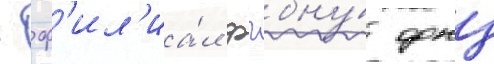
- ф'ил'иа́л фгбну́ фнц